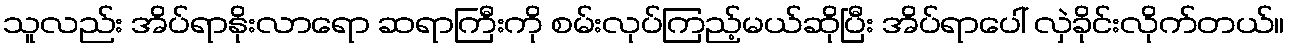
သူလည်း အိပ်ရာနိုးလာရော ဆရာကြီးကို စမ်းလုပ်ကြည့်မယ်ဆိုပြီး အိပ်ရာပေါ် လှဲခိုင်းလိုက်တယ်။